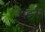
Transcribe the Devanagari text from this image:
पंडरी